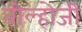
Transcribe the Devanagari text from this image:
वील्होजी